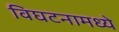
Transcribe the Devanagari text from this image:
विघटनामध्ये